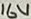
Text: 16V